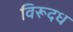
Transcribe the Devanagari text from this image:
विरूदध